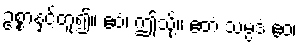
ဥစ္စာနှင့်တူ၍။ ဧဝံ၊ ဤသို့။ ဧတံ သမ္ပဒံ ဧဝ၊